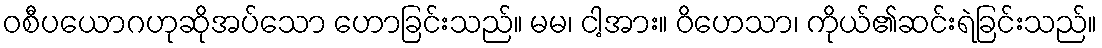
ဝစီပယောဂဟုဆိုအပ်သော ဟောခြင်းသည်။ မမ၊ ငါ့အား။ ဝိဟေသာ၊ ကိုယ်၏ဆင်းရဲခြင်းသည်။